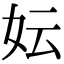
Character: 妘